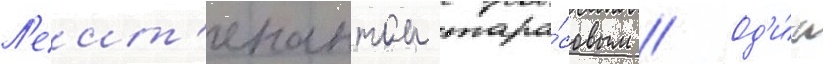
Л'еит'енантом тара́совым // Од'и́н